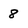
Character: 8